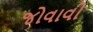
જોવાવી